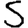
Digit: 5